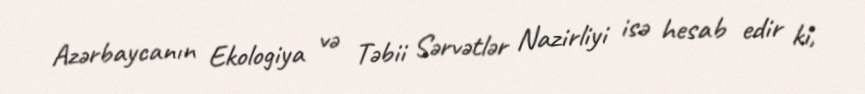
Azərbaycanın Ekologiya və Təbii Sərvətlər Nazirliyi isə hesab edir ki,